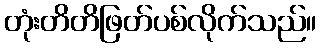
တုံးတိတိဖြတ်ပစ်လိုက်သည်။